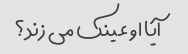
آیا او عینک می زند؟